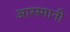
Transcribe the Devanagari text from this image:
आरस्पानी